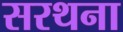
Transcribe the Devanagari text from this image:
सरथना